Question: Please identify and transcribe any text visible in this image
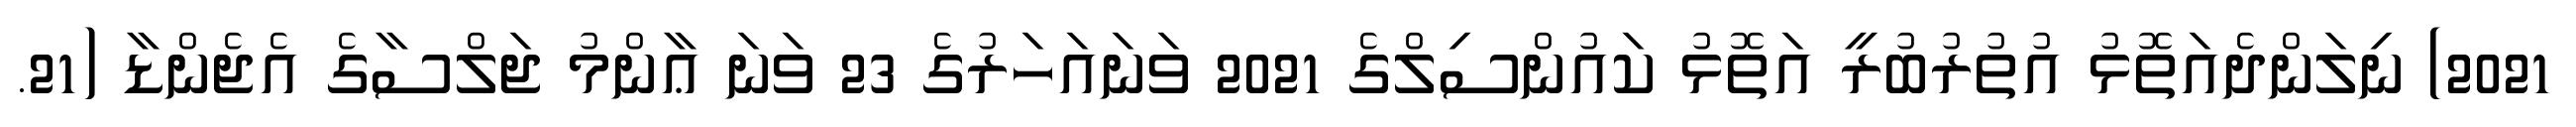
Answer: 2021) ނިލަންދެއަތޮޅު އުތުރުބުރީ އަތޮޅު ކައުންސިލްގެ 2021 ވަނައަހަރުގެ 23 ވަނަ ޢާންމު ޖަލްސާގެ އެޖެންޑާ (21.